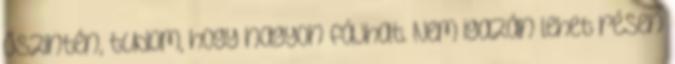
őszintén, tudom, hogy nagyon fájhat. Nem igazán lehet résen